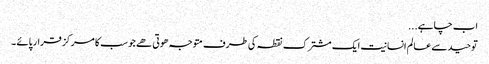
اب چاہے...
توحید سے عالم انسانیت ایک مشترک نقطہ کی طرف متوجہ ھوتی ھے جو سب کا مرکز قرار پائے ۔